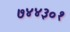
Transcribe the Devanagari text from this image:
७४४३०१